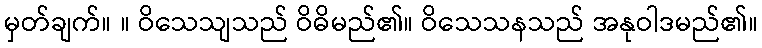
မှတ်ချက်။ ။ ဝိသေသျသည် ဝိဓိမည်၏။ ဝိသေသနသည် အနုဝါဒမည်၏။